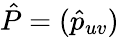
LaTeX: \hat{P}=(\hat{p}_{uv})